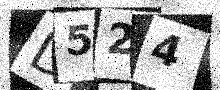
Text: D524